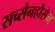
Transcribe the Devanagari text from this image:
सच्सेनहौसेन